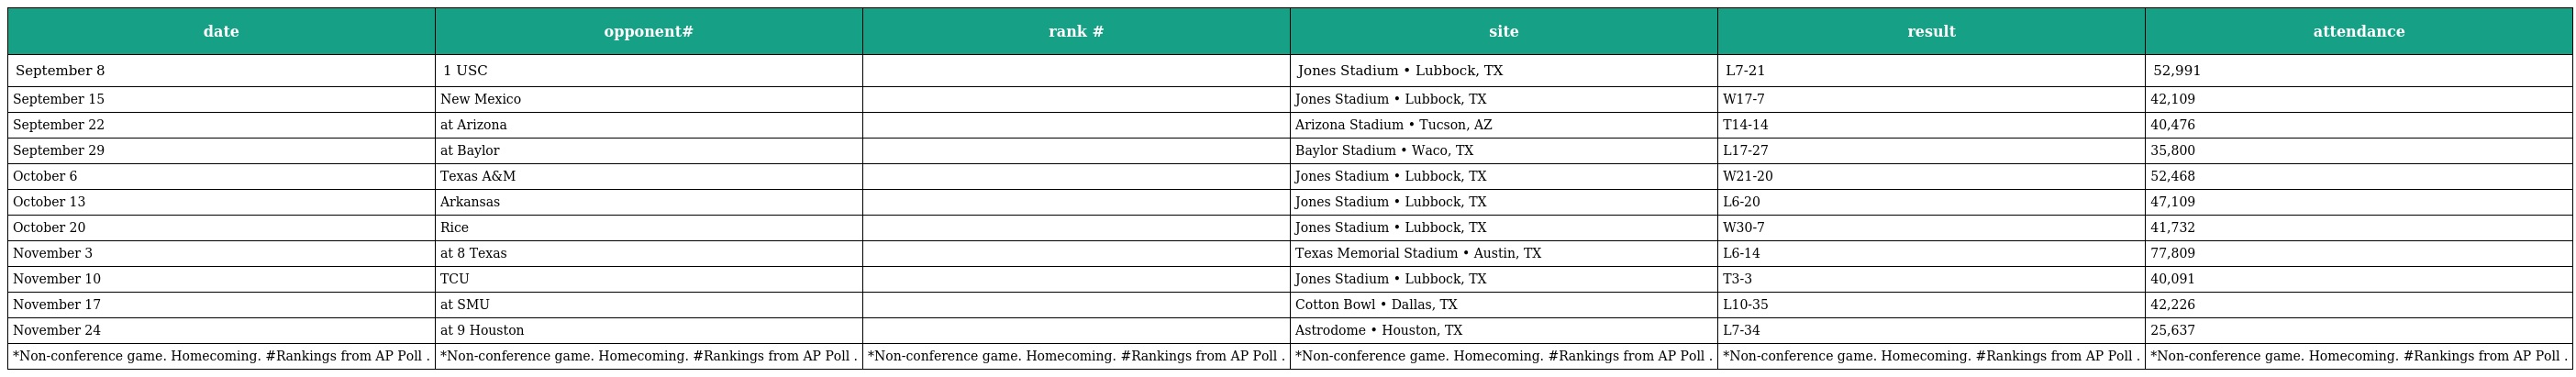
| date | opponent# | rank # | site | result | attendance |
 | --- | --- | --- | --- | --- | --- |
 | September 8 | 1 USC |  | Jones Stadium • Lubbock, TX | L7-21 | 52,991 |
 | September 15 | New Mexico |  | Jones Stadium • Lubbock, TX | W17-7 | 42,109 |
 | September 22 | at Arizona |  | Arizona Stadium • Tucson, AZ | T14-14 | 40,476 |
 | September 29 | at Baylor |  | Baylor Stadium • Waco, TX | L17-27 | 35,800 |
 | October 6 | Texas A&M |  | Jones Stadium • Lubbock, TX | W21-20 | 52,468 |
 | October 13 | Arkansas |  | Jones Stadium • Lubbock, TX | L6-20 | 47,109 |
 | October 20 | Rice |  | Jones Stadium • Lubbock, TX | W30-7 | 41,732 |
 | November 3 | at 8 Texas |  | Texas Memorial Stadium • Austin, TX | L6-14 | 77,809 |
 | November 10 | TCU |  | Jones Stadium • Lubbock, TX | T3-3 | 40,091 |
 | November 17 | at SMU |  | Cotton Bowl • Dallas, TX | L10-35 | 42,226 |
 | November 24 | at 9 Houston |  | Astrodome • Houston, TX | L7-34 | 25,637 |
 | *Non-conference game. Homecoming. #Rankings from AP Poll . | *Non-conference game. Homecoming. #Rankings from AP Poll . | *Non-conference game. Homecoming. #Rankings from AP Poll . | *Non-conference game. Homecoming. #Rankings from AP Poll . | *Non-conference game. Homecoming. #Rankings from AP Poll . | *Non-conference game. Homecoming. #Rankings from AP Poll . |